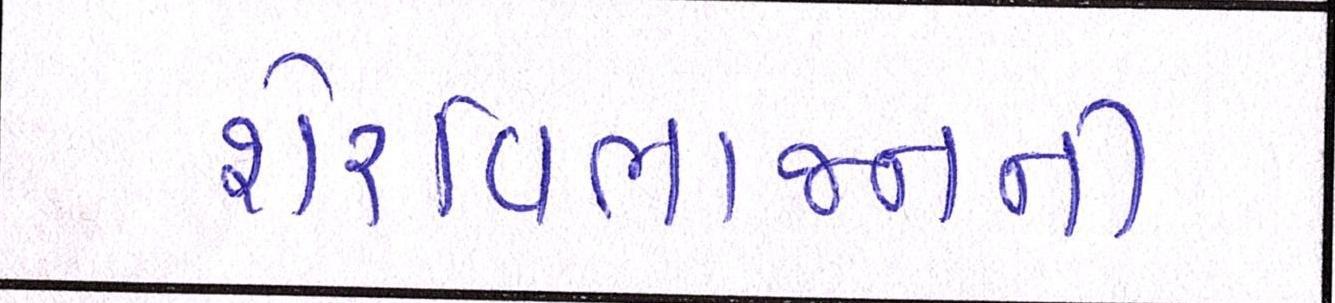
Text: શેરવિભાજનની